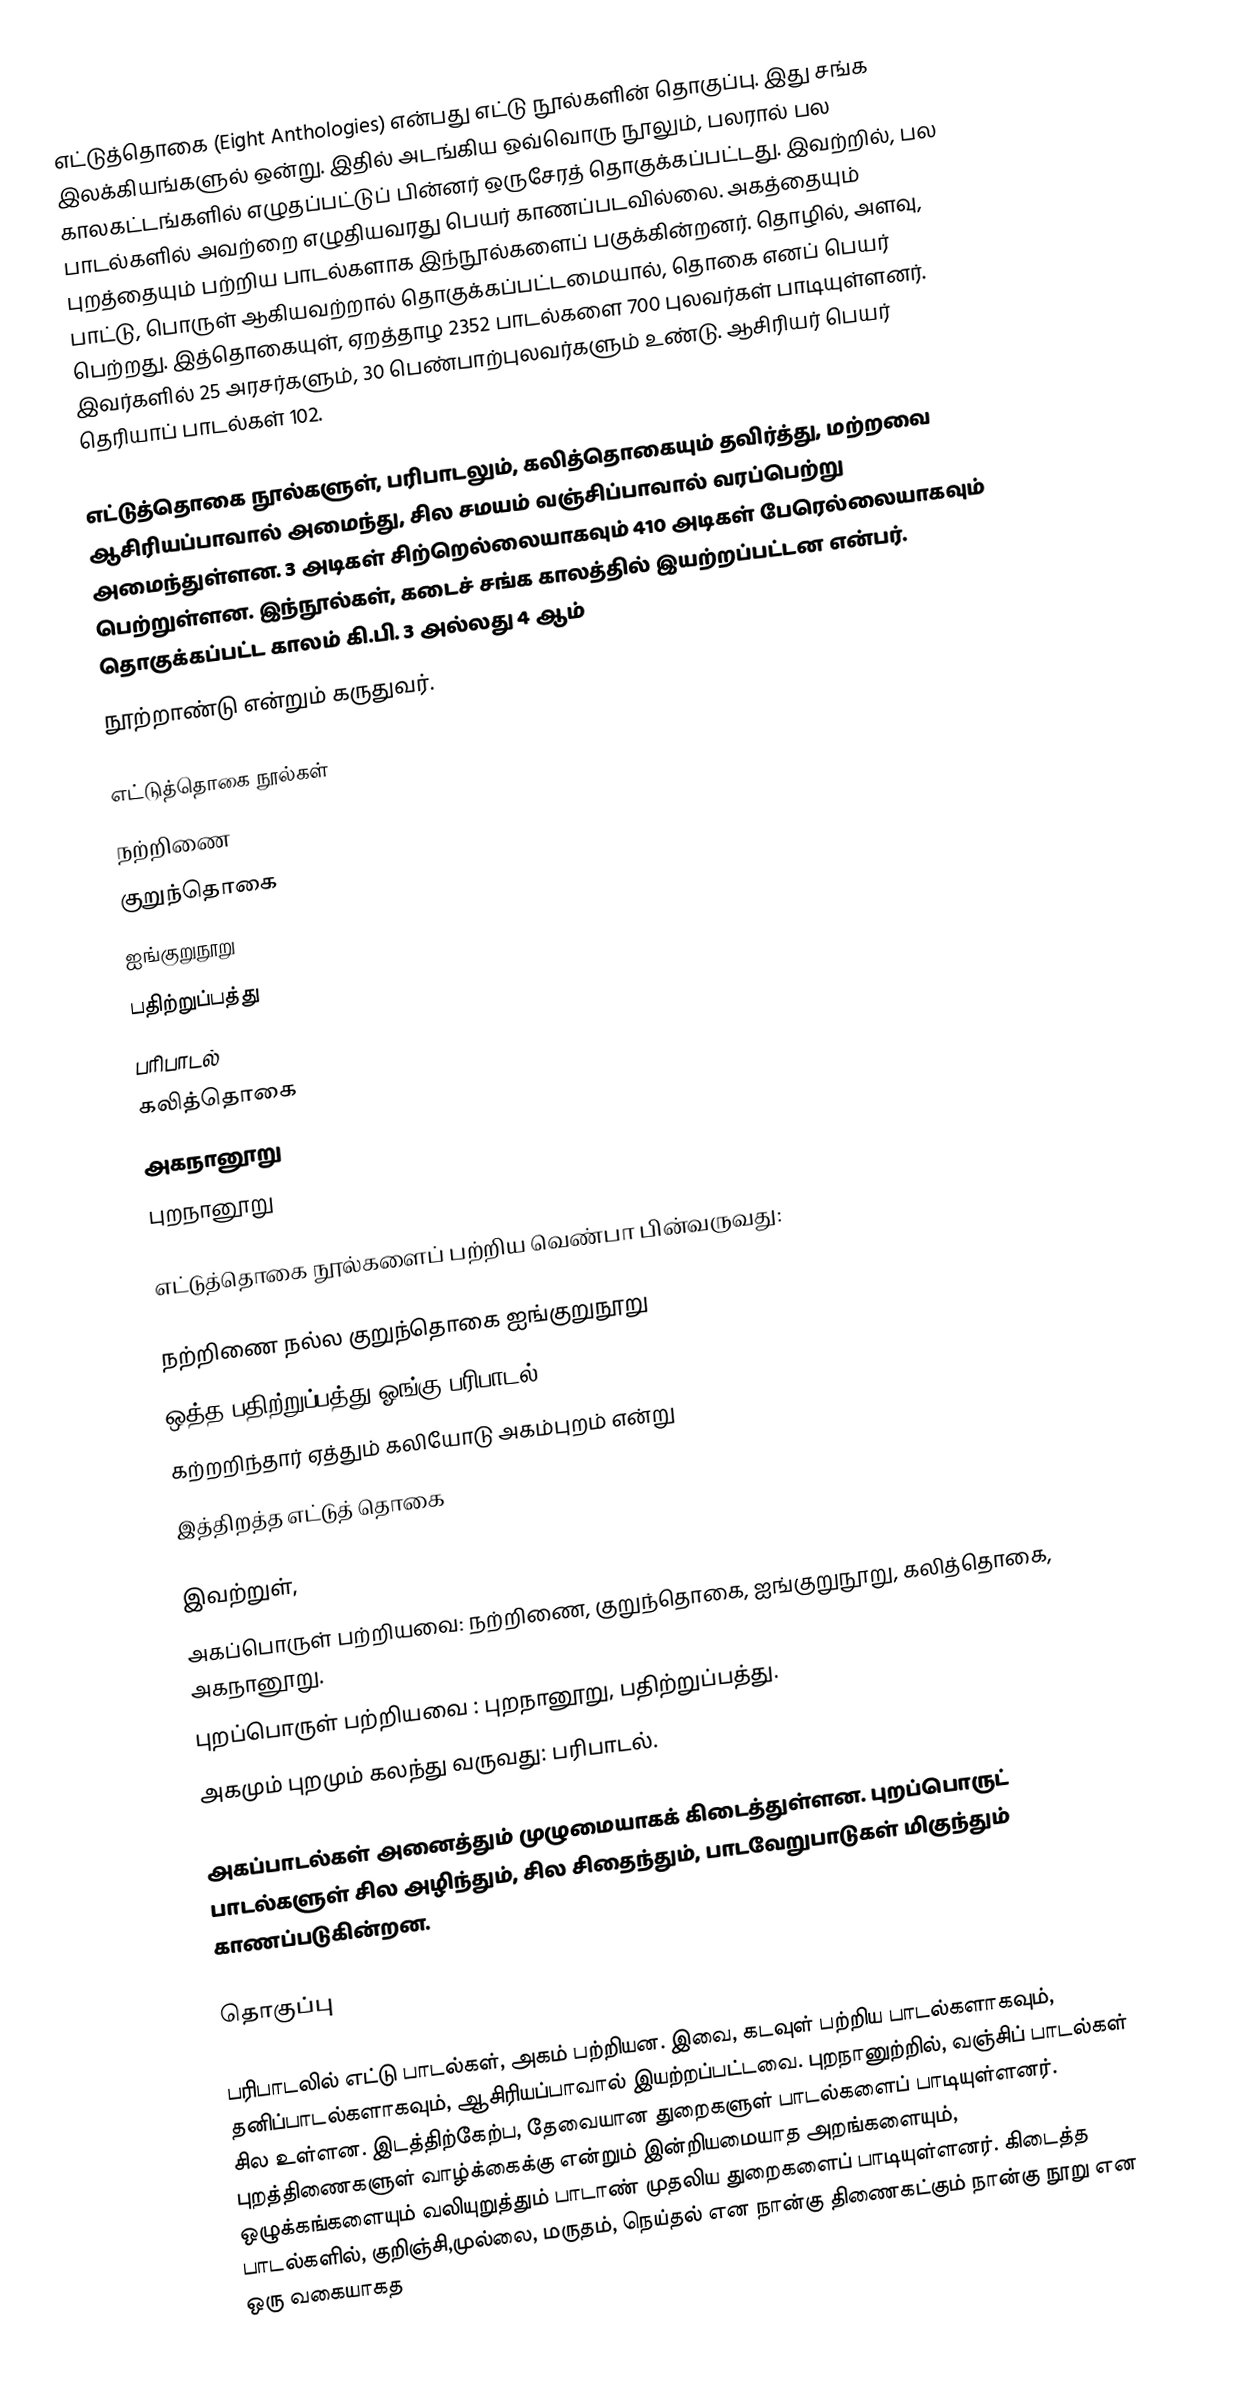
எட்டுத்தொகை (Eight Anthologies) என்பது எட்டு நூல்களின் தொகுப்பு. இது சங்க இலக்கியங்களுல் ஒன்று. இதில் அடங்கிய ஒவ்வொரு நூலும், பலரால் பல காலகட்டங்களில் எழுதப்பட்டுப் பின்னர் ஒருசேரத் தொகுக்கப்பட்டது.  இவற்றில், பல பாடல்களில் அவற்றை எழுதியவரது பெயர் காணப்படவில்லை. அகத்தையும் புறத்தையும் பற்றிய பாடல்களாக இந்நூல்களைப் பகுக்கின்றனர். தொழில், அளவு, பாட்டு, பொருள் ஆகியவற்றால் தொகுக்கப்பட்டமையால், தொகை எனப் பெயர் பெற்றது. இத்தொகையுள், ஏறத்தாழ 2352 பாடல்களை 700 புலவர்கள் பாடியுள்ளனர். இவர்களில் 25 அரசர்களும், 30 பெண்பாற்புலவர்களும் உண்டு. ஆசிரியர் பெயர் தெரியாப் பாடல்கள் 102.

எட்டுத்தொகை நூல்களுள், பரிபாடலும், கலித்தொகையும் தவிர்த்து, மற்றவை ஆசிரியப்பாவால் அமைந்து, சில சமயம் வஞ்சிப்பாவால் வரப்பெற்று அமைந்துள்ளன. 3 அடிகள் சிற்றெல்லையாகவும் 410 அடிகள் பேரெல்லையாகவும் பெற்றுள்ளன. இந்நூல்கள், கடைச் சங்க காலத்தில் இயற்றப்பட்டன என்பர். தொகுக்கப்பட்ட காலம் கி.பி. 3 அல்லது 4 ஆம்
நூற்றாண்டு என்றும் கருதுவர்.

எட்டுத்தொகை நூல்கள்
 நற்றிணை
 குறுந்தொகை
 ஐங்குறுநூறு
 பதிற்றுப்பத்து
 பரிபாடல்
 கலித்தொகை
 அகநானூறு
 புறநானூறு

எட்டுத்தொகை நூல்களைப் பற்றிய வெண்பா பின்வருவது:

நற்றிணை நல்ல குறுந்தொகை ஐங்குறுநூறு
ஒத்த பதிற்றுப்பத்து ஓங்கு பரிபாடல்
கற்றறிந்தார் ஏத்தும் கலியோடு அகம்புறம் என்று
இத்திறத்த எட்டுத் தொகை

இவற்றுள்,
அகப்பொருள் பற்றியவை: நற்றிணை, குறுந்தொகை, ஐங்குறுநூறு, கலித்தொகை, அகநானூறு.
புறப்பொருள் பற்றியவை : புறநானூறு, பதிற்றுப்பத்து.
அகமும் புறமும் கலந்து வருவது: பரிபாடல்.

அகப்பாடல்கள் அனைத்தும் முழுமையாகக் கிடைத்துள்ளன. புறப்பொருட் பாடல்களுள் சில அழிந்தும், சில சிதைந்தும், பாடவேறுபாடுகள் மிகுந்தும் காணப்படுகின்றன.

தொகுப்பு

பரிபாடலில் எட்டு பாடல்கள், அகம் பற்றியன. இவை, கடவுள் பற்றிய பாடல்களாகவும், தனிப்பாடல்களாகவும், ஆசிரியப்பாவால் இயற்றப்பட்டவை.  புறநானுற்றில், வஞ்சிப் பாடல்கள் சில உள்ளன. இடத்திற்கேற்ப, தேவையான துறைகளுள் பாடல்களைப் பாடியுள்ளனர். புறத்திணைகளுள் வாழ்க்கைக்கு என்றும் இன்றியமையாத அறங்களையும், ஒழுக்கங்களையும் வலியுறுத்தும் பாடாண் முதலிய துறைகளைப் பாடியுள்ளனர். கிடைத்த பாடல்களில், குறிஞ்சி,முல்லை, மருதம், நெய்தல் என நான்கு திணைகட்கும் நான்கு நூறு என ஒரு வகையாகத